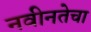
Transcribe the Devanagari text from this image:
नवीनतेचा